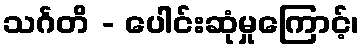
သင်္ဂတိ - ပေါင်းဆုံမှုကြောင့်၊